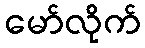
မော်လိုက်